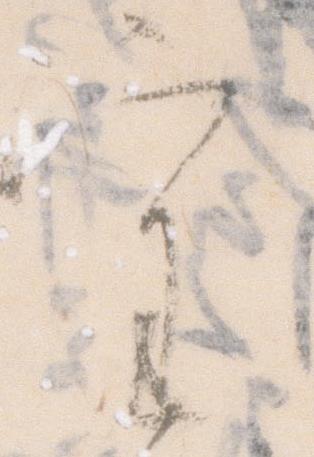
審